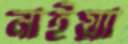
নাইয়্যা